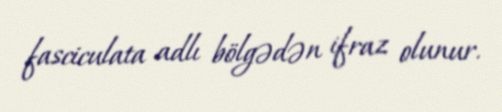
fasciculata adlı bölgədən ifraz olunur.